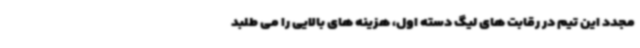
مجدد این تیم در رقابت های لیگ دسته اول، هزینه های بالایی را می طلبد